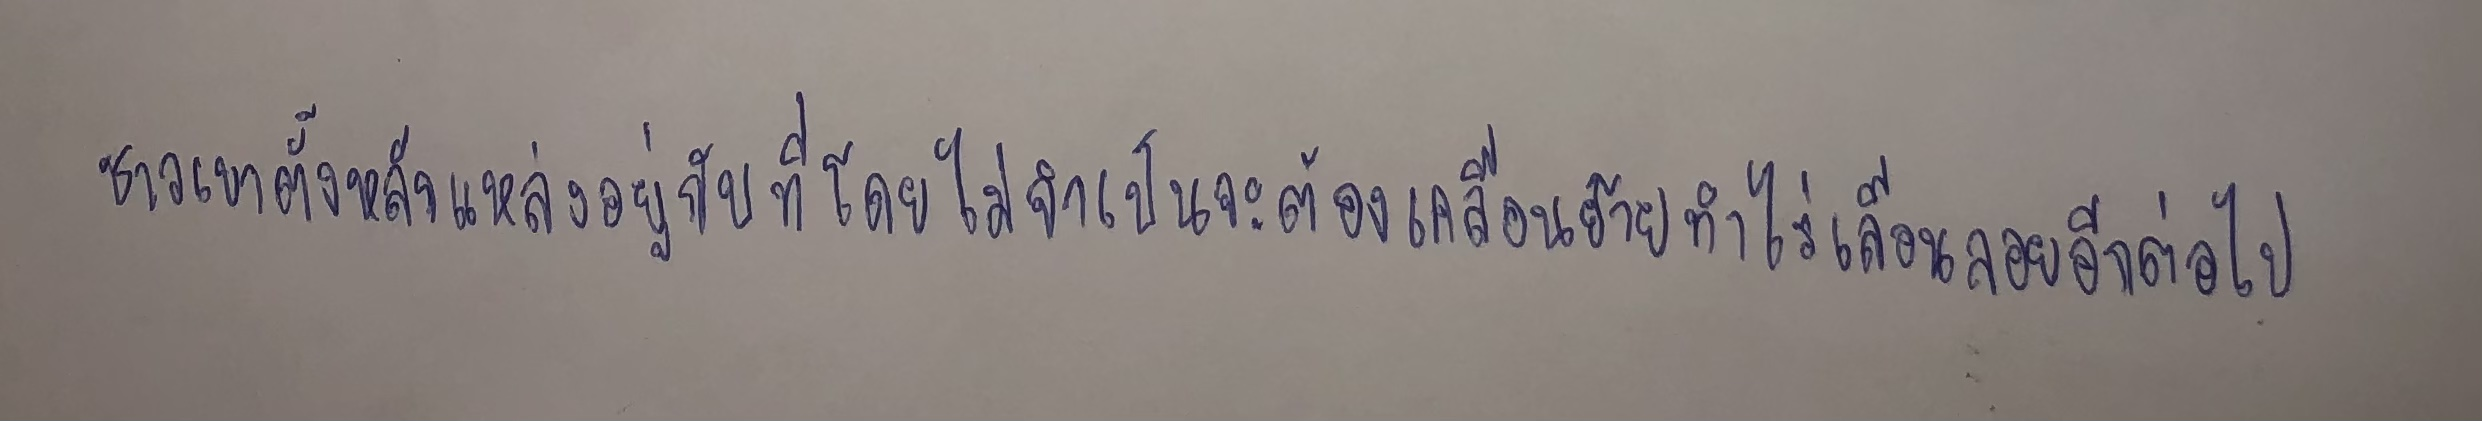
ชาวเขาตั้งหลักแหล่งอยู่กับที่โดยไม่จำเป็นจะต้องเคลื่อนย้ายทำไร่เลื่อนลอยอีกต่อไป